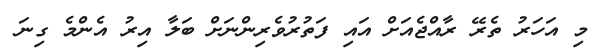
މި އަހަރު ތެރޭ ރާއްޖެއަށް އައި ފަތުރުވެރިންނަށް ބަލާ އިރު އެންމެ ގިނަ